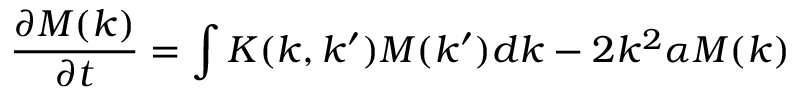
\frac { \partial M ( k ) } { \partial t } = \int K ( k , k ^ { \prime } ) M ( k ^ { \prime } ) d k - 2 k ^ { 2 } \alpha M ( k )